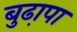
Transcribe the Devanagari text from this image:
बुढा़पा